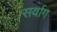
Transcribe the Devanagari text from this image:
सर्वाग